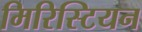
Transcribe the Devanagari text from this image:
मिरिस्टियन